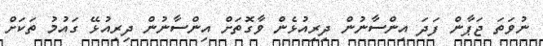
ނުވަތަ ޖަޕާން ފަދަ އިންސާނުން ދިރިއުޅެން ވާގޮތަށް އިންސާނުން ދިރިއުޅޭ ގައުމު ތަކަށް